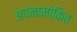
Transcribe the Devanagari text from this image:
अपनामांकित